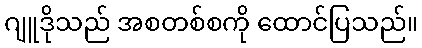
ဂျူဒိုသည် အစတစ်စကို ထောင်ပြသည်။